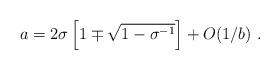
LaTeX: \begin{align*}{{a}} = 2 \sigma\left[ 1 \mp \sqrt{1 - \sigma^{-1}} \right] + O(1/{{b}})\ .\end{align*}